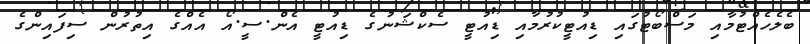
ބެލެހެއްޓުމާއި މަސްބޯޓުގައި ޑިއުޓީކުރުމާއި ޑިއުޓީ ސެކްޝަނުގެ ޑިއުޓީ އެން.ސީ.އޯ އެއްގެ އިތުރުން ސިފައިންގެ